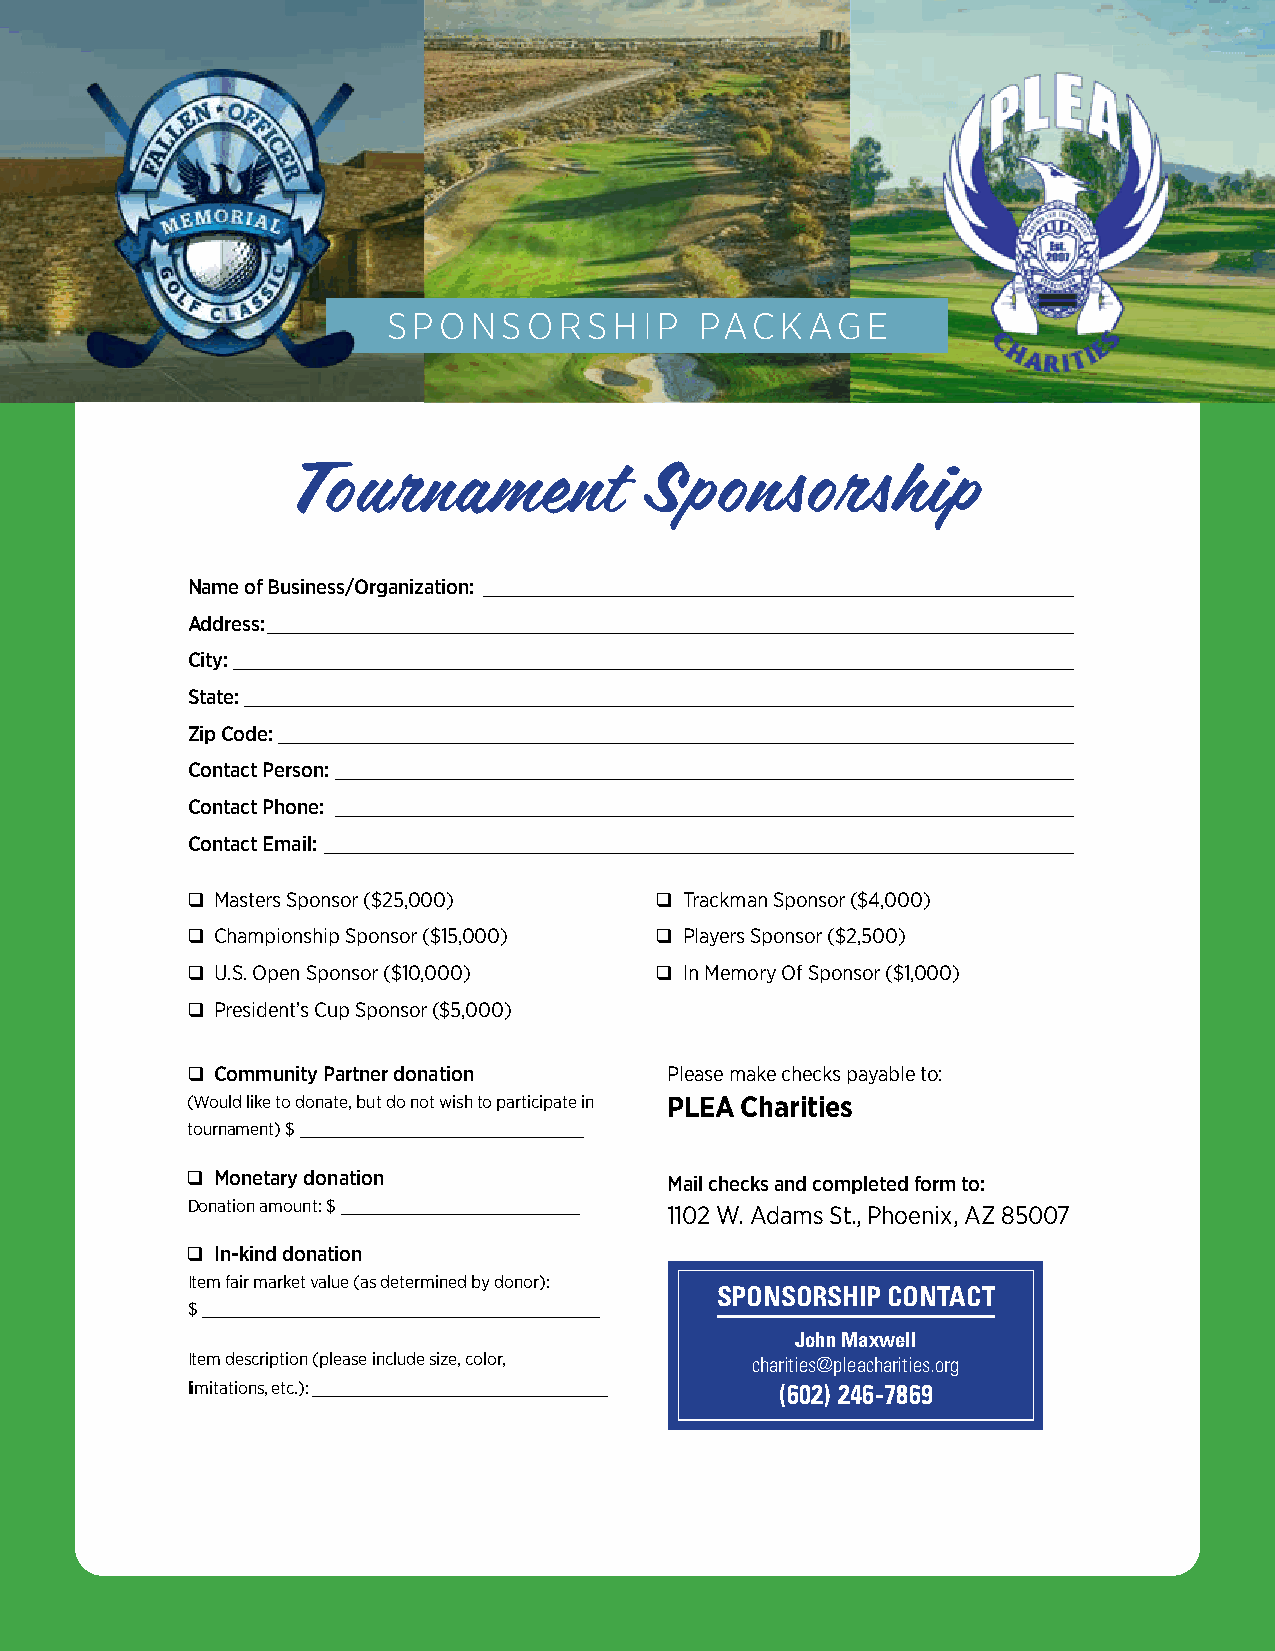
SPONSORSHIP         PACKAGE
 Tournament             Sponsorship
 Name of Business/Organization: ____________________________________________________
 Address: _______________________________________________________________________
 City: __________________________________________________________________________
 State: _________________________________________________________________________
 Zip Code: ______________________________________________________________________
 Contact Person: _________________________________________________________________
 Contact Phone: _________________________________________________________________
 Contact Email: __________________________________________________________________
 ❑ Masters Sponsor ($25,000)    ❑ Trackman Sponsor ($4,000)
 ❑ Championship Sponsor ($15,000) ❑ Players Sponsor ($2,500)
 ❑ U.S. Open Sponsor ($10,000)  ❑ In Memory Of Sponsor ($1,000)
 ❑ President’s Cup Sponsor ($5,000)
 ❑ Community Partner donation    Please make checks payable to:
 (Would like to donate, but do not wish to participate in PLEA Charities
 tournament) $ _________________________
 ❑ Monetary donation             Mail checks and completed form to:
 Donation amount: $ _____________________
 1102 W. Adams St., Phoenix, AZ 85007
 ❑ In-kind donation
 Item fair market value (as determined by donor):
 SPONSORSHIP CONTACT
 $ ___________________________________
 John Maxwell
 Item description (please include size, color, charities@pleacharities.org
 limitations, etc.): __________________________ (602) 246-7869